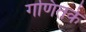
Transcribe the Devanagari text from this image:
गणितके